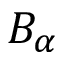
B _ { \alpha }